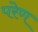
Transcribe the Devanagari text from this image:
परेण